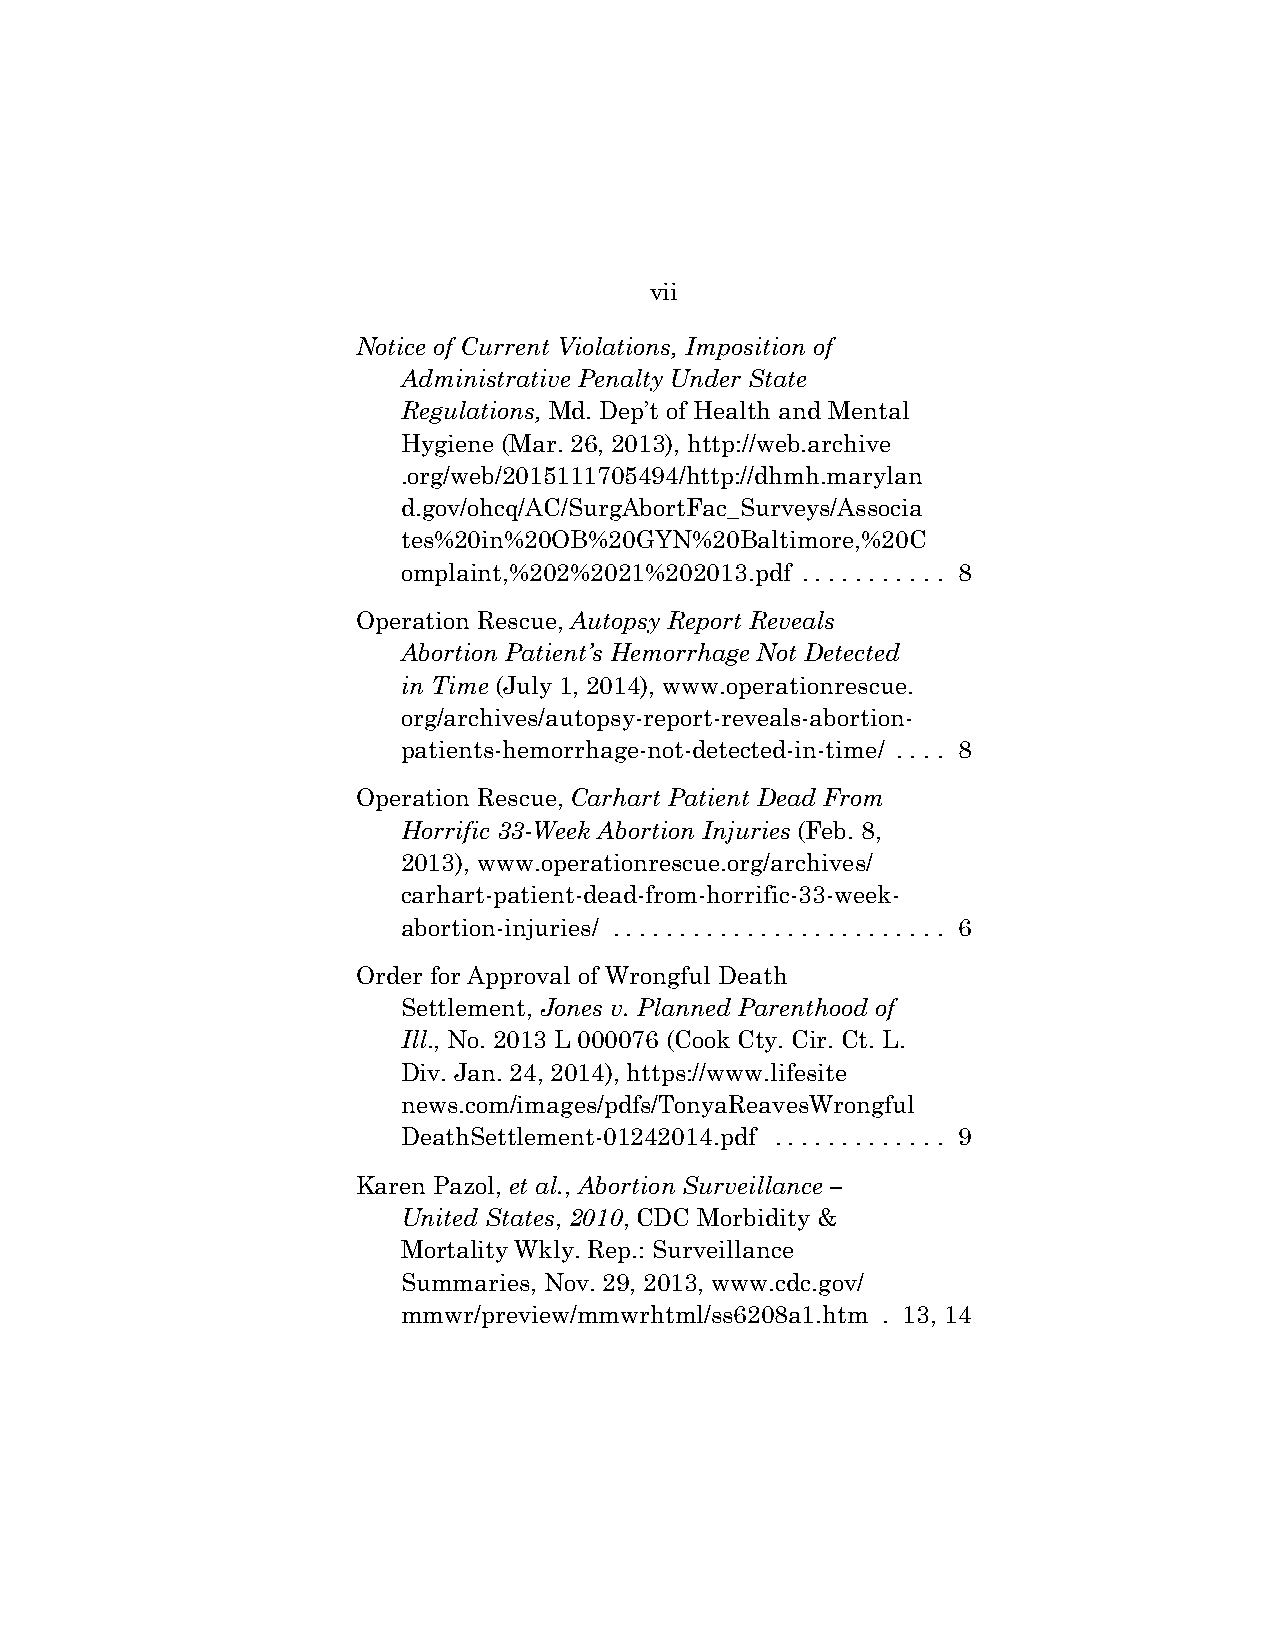
vii
 Notice of Current Violations, Imposition of
 Administrative Penalty Under State
 Regulations, Md. Dep’t of Health and Mental
 Hygiene (Mar. 26, 2013), http://web.archive
 .org/web/2015111705494/http://dhmh.marylan
 d.gov/ohcq/AC/SurgAbortFac_Surveys/Associa
 tes%20in%20OB%20GYN%20Baltimore,%20C
 omplaint,%202%2021%202013.pdf . . . . . . . . . . . 8
 Operation Rescue, Autopsy Report Reveals
 Abortion Patient’s Hemorrhage Not Detected
 in Time (July 1, 2014), www.operationrescue.
 org/archives/autopsy-report-reveals-abortion-
 patients-hemorrhage-not-detected-in-time/ . . . . 8
 Operation Rescue, Carhart Patient Dead From
 Horrific 33-Week Abortion Injuries (Feb. 8,
 2013), www.operationrescue.org/archives/
 carhart-patient-dead-from-horrific-33-week-
 abortion-injuries/ . . . . . . . . . . . . . . . . . . . . . . . . . 6
 Order for Approval of Wrongful Death
 Settlement, Jones v. Planned Parenthood of
 Ill., No. 2013 L 000076 (Cook Cty. Cir. Ct. L.
 Div. Jan. 24, 2014), https://www.lifesite
 news.com/images/pdfs/TonyaReavesWrongful
 DeathSettlement-01242014.pdf . . . . . . . . . . . . . 9
 Karen Pazol, et al., Abortion Surveillance –
 United States, 2010, CDC Morbidity &
 Mortality Wkly. Rep.: Surveillance
 Summaries, Nov. 29, 2013, www.cdc.gov/
 mmwr/preview/mmwrhtml/ss6208a1.htm . 13, 14